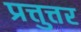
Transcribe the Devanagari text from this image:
प्रत्तुत्तर